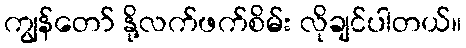
ကျွန်တော် နို့လက်ဖက်စိမ်း လိုချင်ပါတယ်။